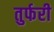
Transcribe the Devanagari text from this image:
तुर्फरी